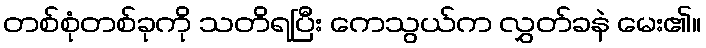
တစ်စုံတစ်ခုကို သတိရပြီး ကေသွယ်က လွှတ်ခနဲ မေး၏။